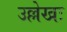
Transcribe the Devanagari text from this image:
उल्लेखः